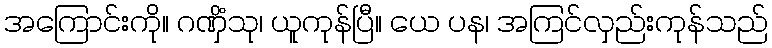
အကြောင်းကို။ ဂဏှိံသု၊ ယူကုန်ပြီ။ ယေ ပန၊ အကြင်လှည်းကုန်သည်